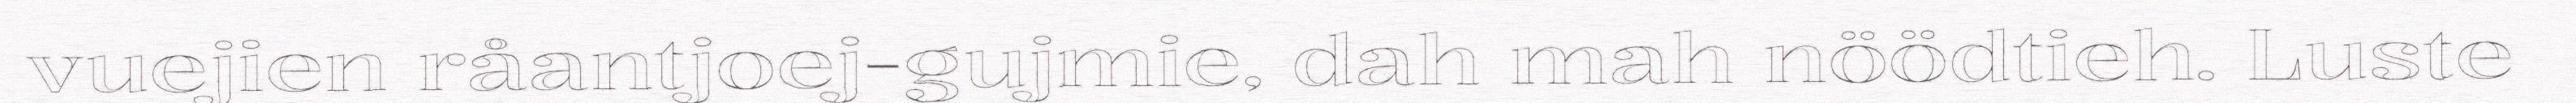
vuejien råantjoej-gujmie, dah mah nöödtieh. Luste